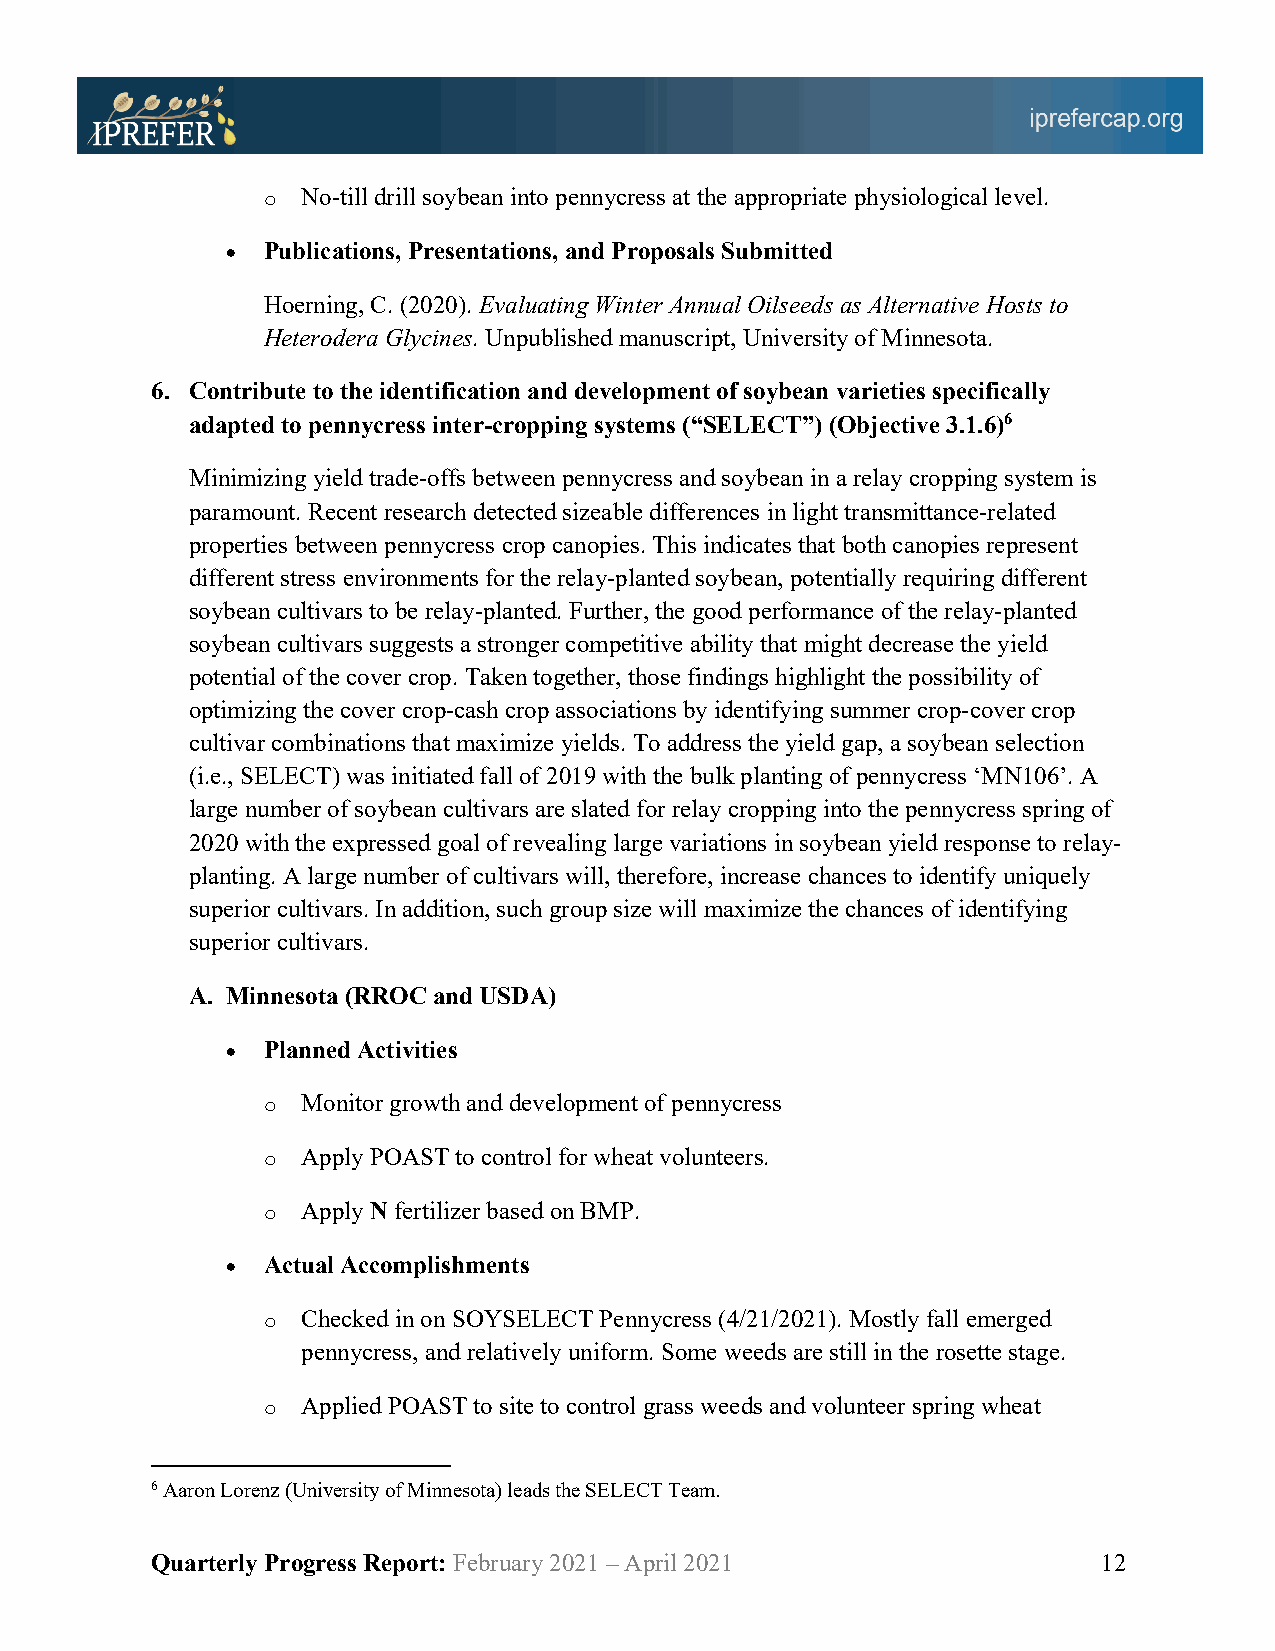
o  No-till drill soybean into pennycress at the appropriate physiological level.
 • Publications, Presentations, and Proposals Submitted
 Hoerning, C. (2020). Evaluating Winter Annual Oilseeds as Alternative Hosts to
 Heterodera Glycines. Unpublished manuscript, University of Minnesota.
 6. Contribute to the identification and development of soybean varieties specifically
 adapted to pennycress inter-cropping systems (“SELECT”) (Objective 3.1.6)6
 Minimizing yield trade-offs between pennycress and soybean in a relay cropping system is
 paramount. Recent research detected sizeable differences in light transmittance-related
 properties between pennycress crop canopies. This indicates that both canopies represent
 different stress environments for the relay-planted soybean, potentially requiring different
 soybean cultivars to be relay-planted. Further, the good performance of the relay-planted
 soybean cultivars suggests a stronger competitive ability that might decrease the yield
 potential of the cover crop. Taken together, those findings highlight the possibility of
 optimizing the cover crop-cash crop associations by identifying summer crop-cover crop
 cultivar combinations that maximize yields. To address the yield gap, a soybean selection
 (i.e., SELECT) was initiated fall of 2019 with the bulk planting of pennycress ‘MN106’. A
 large number of soybean cultivars are slated for relay cropping into the pennycress spring of
 2020 with the expressed goal of revealing large variations in soybean yield response to relay-
 planting. A large number of cultivars will, therefore, increase chances to identify uniquely
 superior cultivars. In addition, such group size will maximize the chances of identifying
 superior cultivars.
 A. Minnesota (RROC and USDA)
 • Planned Activities
 o  Monitor growth and development of pennycress
 o  Apply POAST to control for wheat volunteers.
 o  Apply N fertilizer based on BMP.
 • Actual Accomplishments
 o  Checked in on SOYSELECT Pennycress (4/21/2021). Mostly fall emerged
 pennycress, and relatively uniform. Some weeds are still in the rosette stage.
 o  Applied POAST to site to control grass weeds and volunteer spring wheat
 6 Aaron Lorenz (University of Minnesota) leads the SELECT Team.
 Quarterly Progress Report: February 2021 – April 2021          12